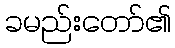
ခမည်းတော်၏